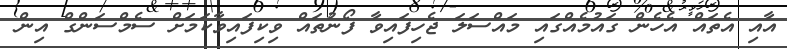
އާއި އެތައް އެހެން ގައުމެއްގައި މައްސަލަ ޖެހިފައިވާ ފޯނުތައް ވިކިފައިވާކަމަށް ސެމްސަންގް އިން